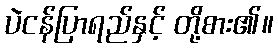
ပဲငန်ပြာရည်နှင့် တို့စား၏။